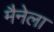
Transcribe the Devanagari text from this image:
मैनेला